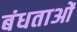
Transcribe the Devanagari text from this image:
बंधताओं